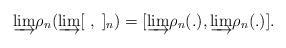
LaTeX: \begin{align*}\underrightarrow{\lim}\rho_{n}(\underrightarrow{\lim}[\;,\;]_{n})=[\underrightarrow{\lim}\rho_{n}(.),\underrightarrow{\lim}\rho_{n}(.)].\end{align*}